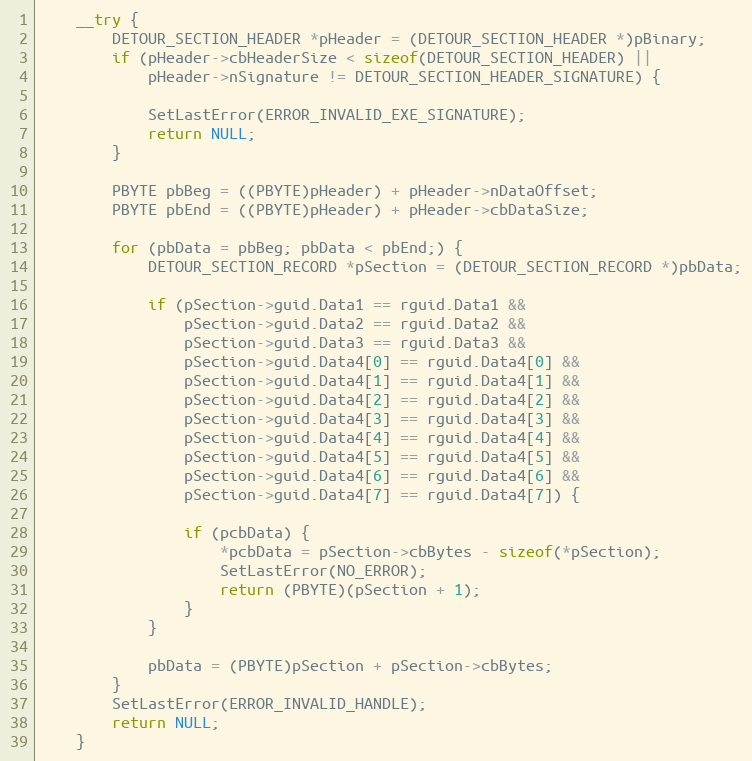
Language: C++
    __try {
        DETOUR_SECTION_HEADER *pHeader = (DETOUR_SECTION_HEADER *)pBinary;
        if (pHeader->cbHeaderSize < sizeof(DETOUR_SECTION_HEADER) ||
            pHeader->nSignature != DETOUR_SECTION_HEADER_SIGNATURE) {

            SetLastError(ERROR_INVALID_EXE_SIGNATURE);
            return NULL;
        }

        PBYTE pbBeg = ((PBYTE)pHeader) + pHeader->nDataOffset;
        PBYTE pbEnd = ((PBYTE)pHeader) + pHeader->cbDataSize;

        for (pbData = pbBeg; pbData < pbEnd;) {
            DETOUR_SECTION_RECORD *pSection = (DETOUR_SECTION_RECORD *)pbData;

            if (pSection->guid.Data1 == rguid.Data1 &&
                pSection->guid.Data2 == rguid.Data2 &&
                pSection->guid.Data3 == rguid.Data3 &&
                pSection->guid.Data4[0] == rguid.Data4[0] &&
                pSection->guid.Data4[1] == rguid.Data4[1] &&
                pSection->guid.Data4[2] == rguid.Data4[2] &&
                pSection->guid.Data4[3] == rguid.Data4[3] &&
                pSection->guid.Data4[4] == rguid.Data4[4] &&
                pSection->guid.Data4[5] == rguid.Data4[5] &&
                pSection->guid.Data4[6] == rguid.Data4[6] &&
                pSection->guid.Data4[7] == rguid.Data4[7]) {

                if (pcbData) {
                    *pcbData = pSection->cbBytes - sizeof(*pSection);
                    SetLastError(NO_ERROR);
                    return (PBYTE)(pSection + 1);
                }
            }

            pbData = (PBYTE)pSection + pSection->cbBytes;
        }
        SetLastError(ERROR_INVALID_HANDLE);
        return NULL;
    }